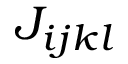
J _ { i j k l }